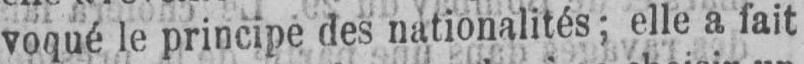
voqué le principe des nationalités; elle a fait